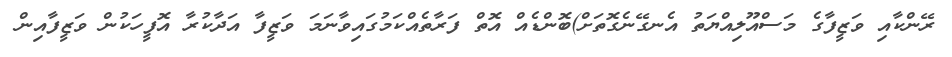
ރޭންކާއި ވަޒީފާގެ މަސްއޫލިއްޔަތު އެނގޭނެގޮތަށް)ބޮންޑެއް އޮތް ފަރާތެއްކަމުގައިވާނަމަ ވަޒީފާ އަދާކުރާ އޮފީހަކުން ވަޒީފާއިން